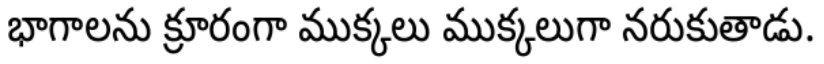
భాగాలను క్రూరంగా ముక్కలు ముక్కలుగా నరుకుతాడు.